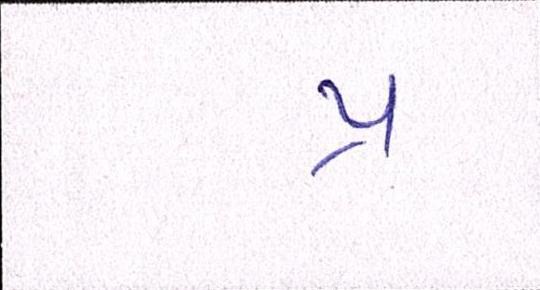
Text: પ્ર